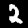
Digit: 2